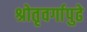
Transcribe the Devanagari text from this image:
श्रोतृवर्गापुढे